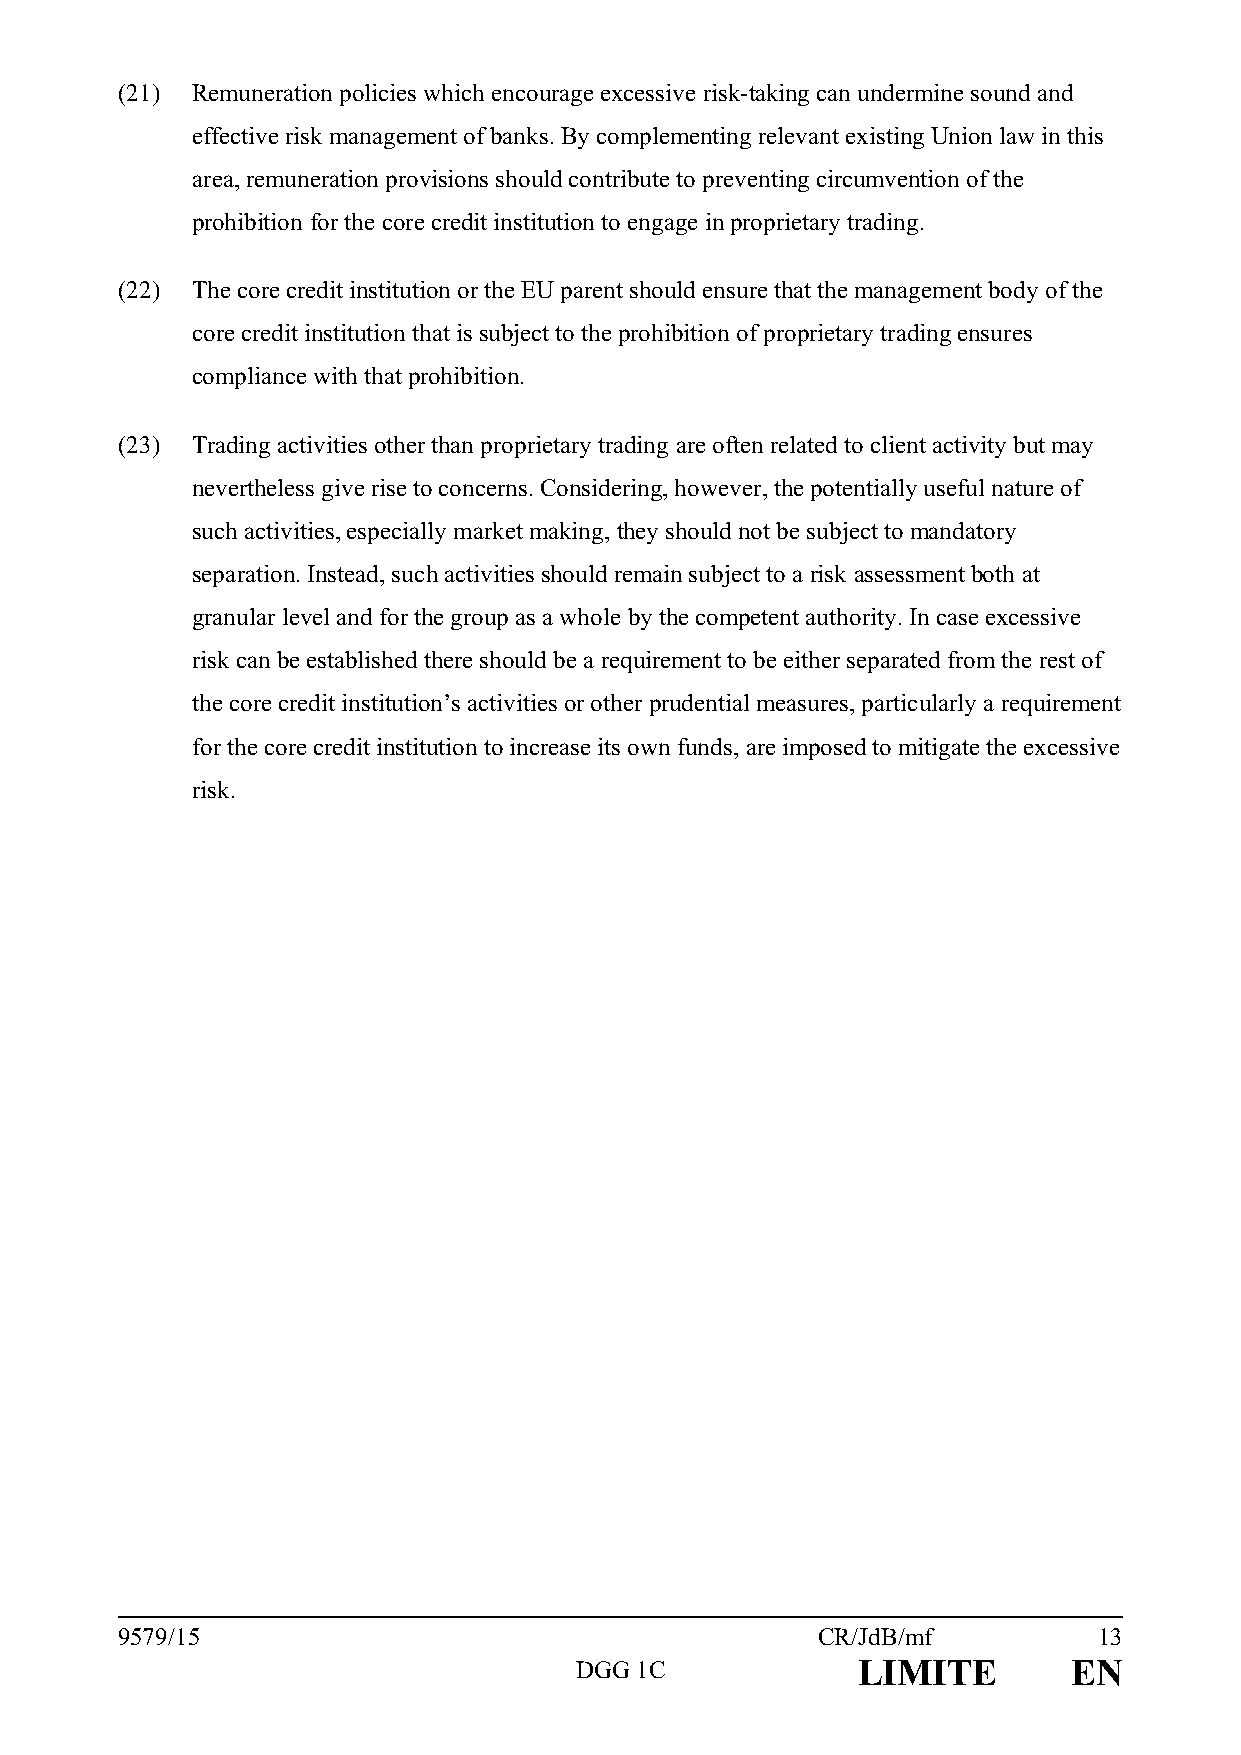
(21) Remuneration policies which encourage excessive risk-taking can undermine sound and
 effective risk management of banks. By complementing relevant existing Union law in this
 area, remuneration provisions should contribute to preventing circumvention of the
 prohibition for the core credit institution to engage in proprietary trading.
 (22) The core credit institution or the EU parent should ensure that the management body of the
 core credit institution that is subject to the prohibition of proprietary trading ensures
 compliance with that prohibition.
 (23) Trading activities other than proprietary trading are often related to client activity but may
 nevertheless give rise to concerns. Considering, however, the potentially useful nature of
 such activities, especially market making, they should not be subject to mandatory
 separation. Instead, such activities should remain subject to a risk assessment both at
 granular level and for the group as a whole by the competent authority. In case excessive
 risk can be established there should be a requirement to be either separated from the rest of
 the core credit institution’s activities or other prudential measures, particularly a requirement
 for the core credit institution to increase its own funds, are imposed to mitigate the excessive
 risk.
 9579/15                                       CR/JdB/mf          13
 DGG 1C             LIMITE        EN